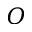
O